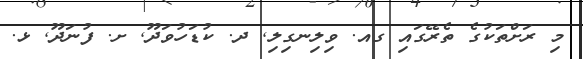
މި ރަށްތަކުގެ ތެރޭގައި ގއ. ވިލިނގިލި